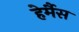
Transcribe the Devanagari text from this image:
हेर्मैस